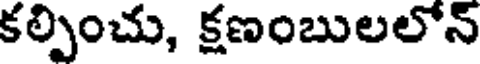
కల్పించు, క్షణంబులలోన్